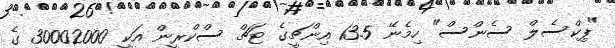
"ޕިކްސެލް ސެންސް" ހިމެނޭ 13.5 އިންޗީގެ ޓަޗް ސްކްރީން އަކީ 30002000 ގެ